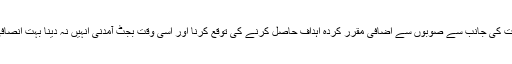
حکومت کی جانب سے صوبوں سے اضافی مقرر کردہ اہداف حاصل کرنے کی توقع کرنا اور اسی وقت بجٹ آمدنی انہیں نہ دینا بہت انصافی ہے۔